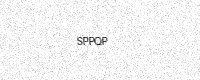
Text: SPPQP